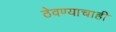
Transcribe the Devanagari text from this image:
ठेवण्याचाही